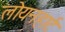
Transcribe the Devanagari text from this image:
लोयनहार्ट